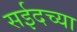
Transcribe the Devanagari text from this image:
सईदच्या